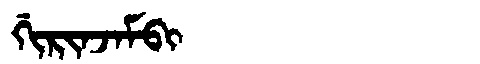
Manchu: ᡤᡳᡵᡳᠨᠵᠠᠮᠪᡳ
Romanization: GIRINJAMBI